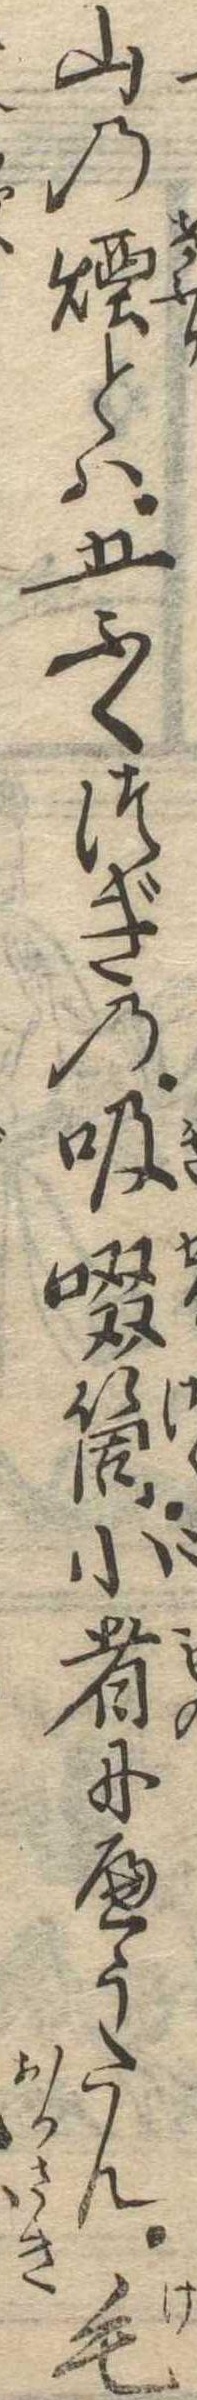
山の煙とは五ふくつぎの吸啜筒小者にへうたん毛